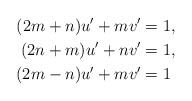
LaTeX: \begin{align*}(2m+n)u' + mv' &= 1,\\(2n+m)u' + nv' &= 1,\\(2m-n)u' + mv' &= 1\end{align*}